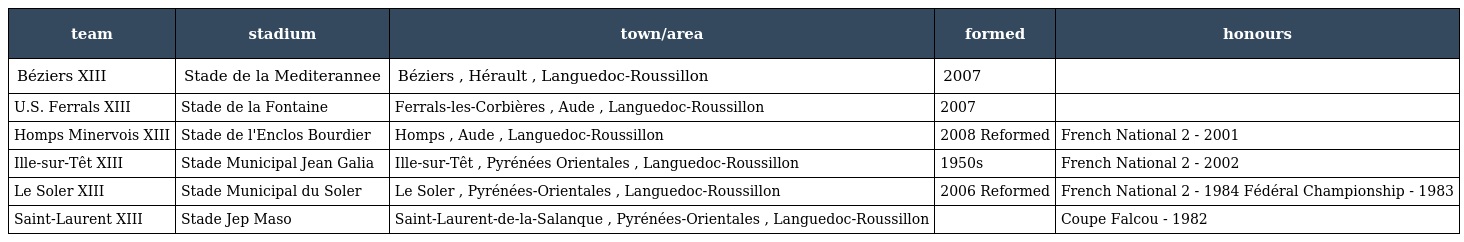
| team | stadium | town/area | formed | honours |
 | --- | --- | --- | --- | --- |
 | Béziers XIII | Stade de la Mediterannee | Béziers , Hérault , Languedoc-Roussillon | 2007 |  |
 | U.S. Ferrals XIII | Stade de la Fontaine | Ferrals-les-Corbières , Aude , Languedoc-Roussillon | 2007 |  |
 | Homps Minervois XIII | Stade de l'Enclos Bourdier | Homps , Aude , Languedoc-Roussillon | 2008 Reformed | French National 2 - 2001 |
 | Ille-sur-Têt XIII | Stade Municipal Jean Galia | Ille-sur-Têt , Pyrénées Orientales , Languedoc-Roussillon | 1950s | French National 2 - 2002 |
 | Le Soler XIII | Stade Municipal du Soler | Le Soler , Pyrénées-Orientales , Languedoc-Roussillon | 2006 Reformed | French National 2 - 1984 Fédéral Championship - 1983 |
 | Saint-Laurent XIII | Stade Jep Maso | Saint-Laurent-de-la-Salanque , Pyrénées-Orientales , Languedoc-Roussillon |  | Coupe Falcou - 1982 |